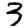
Digit: 3